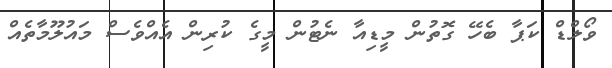
ވޯލްޑް ކަޕާ ބެހޭ ގޮތުން މީޑިއާ ނެޓުން މީގެ ކުރިން އެއްވެސް މައުލޫމާތެއް